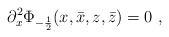
\begin{align*}\partial^2 _x \Phi_{- \frac{1}{2}} (x,\bar{x},z,\bar{z}) = 0 ~,\end{align*}